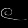
Digit: ၉